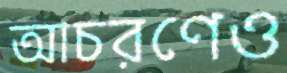
আচরণেও